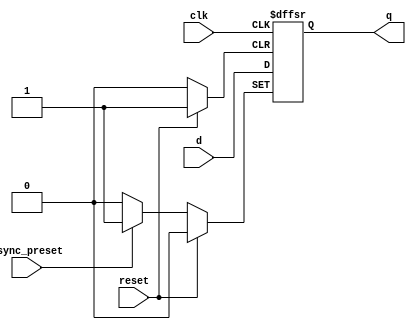
module dff_async_preset (
    input wire clk,
    input wire async_preset,
    input wire reset,
    input wire d,
    output reg q
);

always @(posedge clk or posedge async_preset or posedge reset) begin
    if (async_preset) begin
        q <= 1'b1;
    end else if (reset) begin
        q <= 1'b0;
    end else begin
        q <= d;
    end
end

endmodule